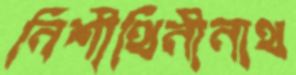
নিশীথিনীনাথ